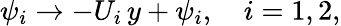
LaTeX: \psi_{i}\rightarrow-U_{i}\, y+\psi_{i},\quad i=1,2,